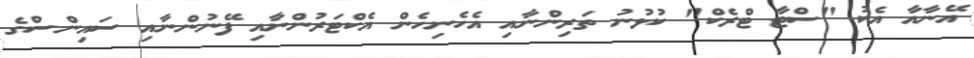
އޭނާއާ އެކު "ސްޓާ ޓްރެކް" ކުޅުނު ތަރިންނާއި އެހެނިހެން އެކްޓަރުންނާއި ފޭނުންނާއި ސައިންސްގެ